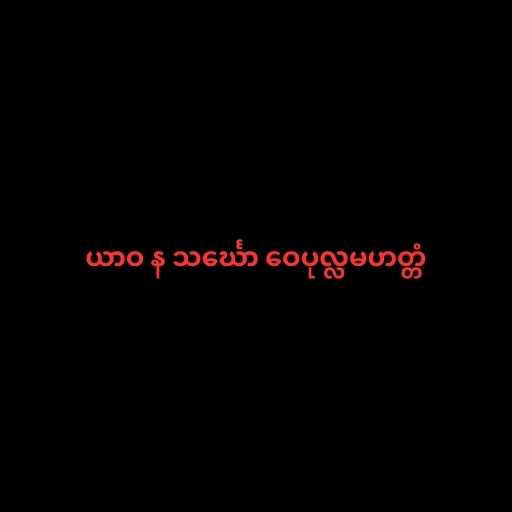
ယာဝ န သင်္ဃော ဝေပုလ္လမဟတ္တံ